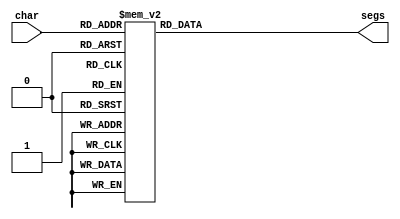
module char_7 (
    input [4:0] char,
    output reg [6:0] segs
  );
  
  
  
  always @* begin
    
    case (char)
      1'h0: begin
        segs = 7'h00;
      end
      1'h1: begin
        segs = 7'h71;
      end
      2'h2: begin
        segs = 7'h77;
      end
      2'h3: begin
        segs = 7'h06;
      end
      3'h4: begin
        segs = 7'h38;
      end
      3'h5: begin
        segs = 7'h3f;
      end
      3'h6: begin
        segs = 7'h31;
      end
      3'h7: begin
        segs = 7'h37;
      end
      4'h8: begin
        segs = 7'h5e;
      end
      4'h9: begin
        segs = 7'h76;
      end
      4'ha: begin
        segs = 7'h7c;
      end
      4'hb: begin
        segs = 7'h3e;
      end
      4'hc: begin
        segs = 7'h6d;
      end
      4'hd: begin
        segs = 7'h74;
      end
      4'he: begin
        segs = 7'h39;
      end
      4'hf: begin
        segs = 7'h73;
      end
      5'h10: begin
        segs = 7'h79;
      end
      5'h11: begin
        segs = 7'h07;
      end
      default: begin
        segs = 7'h00;
      end
    endcase
  end
endmodule